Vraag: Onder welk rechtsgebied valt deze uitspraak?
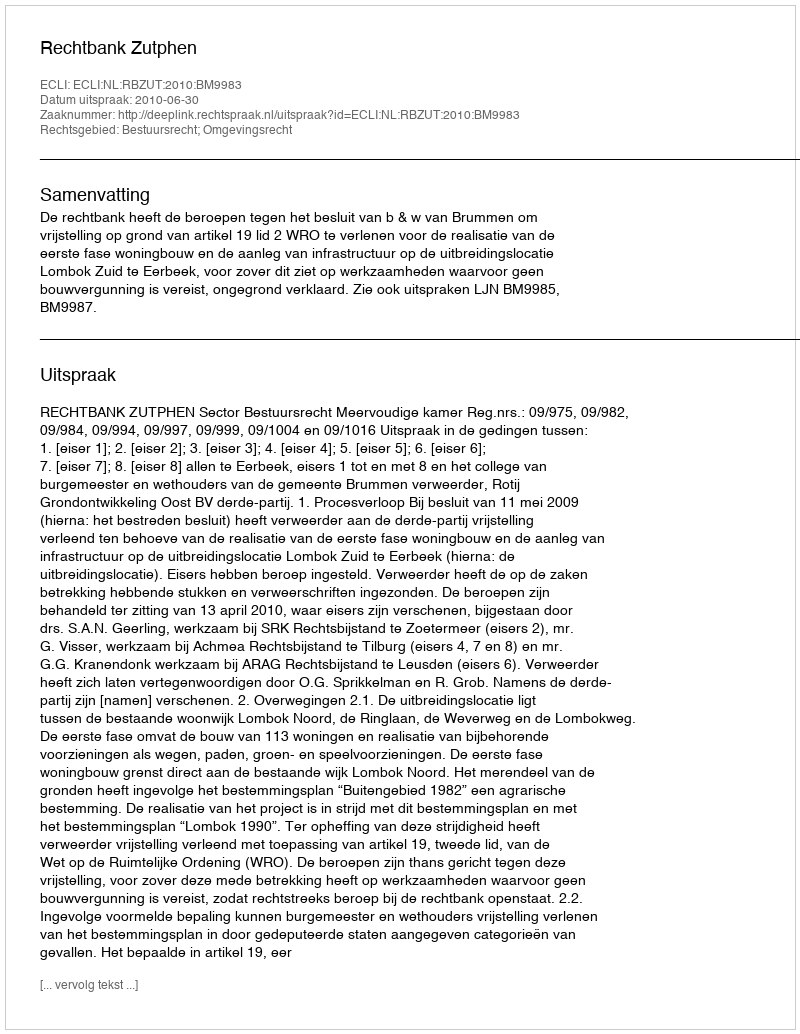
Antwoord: Bestuursrecht; Omgevingsrecht